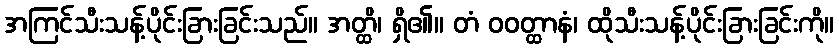
အကြင်သီးသန့်ပိုင်းခြားခြင်းသည်။ အတ္ထိ၊ ရှိ၏။ တံ ဝဝတ္ထာနံ၊ ထိုသီးသန့်ပိုင်းခြားခြင်းကို။